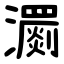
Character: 瀱